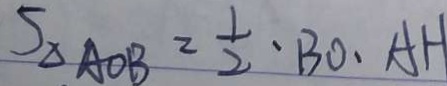
S _ { \Delta A O B } = \frac { 1 } { 2 } \cdot B O \cdot A H